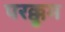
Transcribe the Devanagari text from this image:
परक्कुम